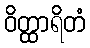
ဝိတ္ထာရိတံ